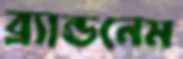
ব্র্যান্ডনেম